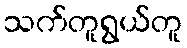
သက်တူရွယ်တူ